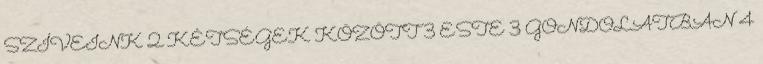
SZÍVEINK 2 KÉTSÉGEK KÖZÖTT 3 ESTE 3 GONDOLATBAN 4